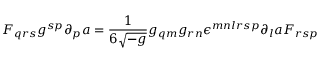
F _ { q r s } g ^ { s p } \partial _ { p } a = { \frac { 1 } { 6 \sqrt { - g } } } g _ { q m } g _ { r n } \epsilon ^ { m n l r s p } \partial _ { l } a F _ { r s p }